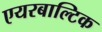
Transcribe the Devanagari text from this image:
एयरबाल्टिक